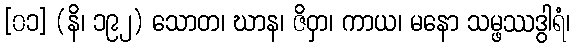
[၀၁] (နိ၊ ၁၉၂) သောတ၊ ဃာန၊ ဇိဝှာ၊ ကာယ၊ မနော သမ္ဖဿဒွါရံ၊